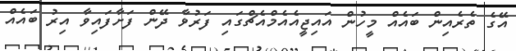
އޭގެ ތެރެއިން ބައެއް މީހުން އައިޖީއެއެމްއެޗްގައި ފަރުވާ ދޭން ފަށާފައިވާ އިރު ބައެއް